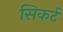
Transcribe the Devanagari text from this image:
सिकर्ट